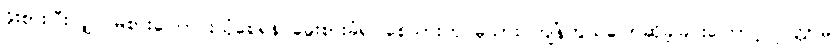
ခိုးစားပြီးလျှင် မစားကြောင်းယုံစေရန် ခွေးစားခံရပါစေသားဟု မုသား ကျိန်တွယ်ပြောဆိုခဲ့ခြင်းကြောင့် ပြိတ္တာမ